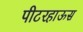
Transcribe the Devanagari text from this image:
पीटरहाऊस